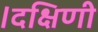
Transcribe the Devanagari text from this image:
।दक्षिणी